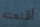
أقنعته